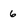
Character: 6